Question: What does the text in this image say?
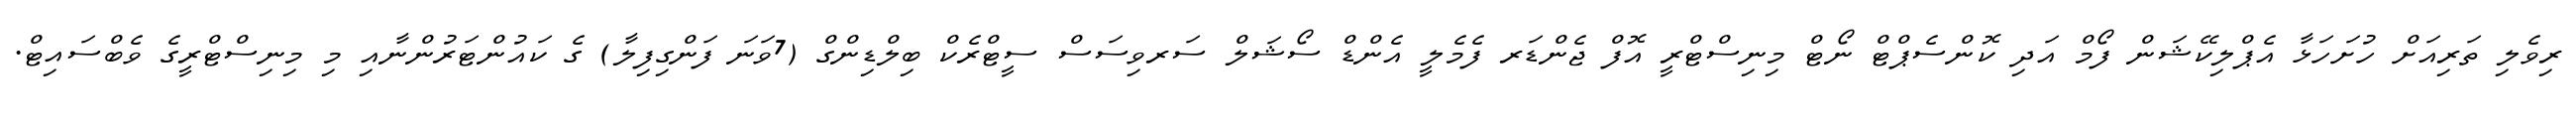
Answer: ރިވެލި ތަރިއަށް ހުށަހަޅާ އެޕްލިކޭޝަން ފޯމް އަދި ކޮންސެޕްޓް ނޯޓް މިނިސްޓްރީ އޮފް ޖެންޑަރ ފެމެލީ އެންޑް ސޯޝަލް ސަރވިސަސް ސީޓްރެކް ބިލްޑިންގް (7ވަނަ ފަންގިފިލާ) ގެ ކައުންޓަރުންނާއި މި މިނިސްޓްރީގެ ވެބްސައިޓް.